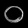
Digit: ၀